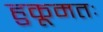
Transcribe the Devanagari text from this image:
हुकूमतः